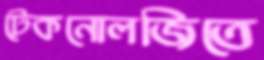
টেকনোলজিতে